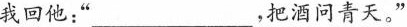
”我回他：”________，把酒问青天。”